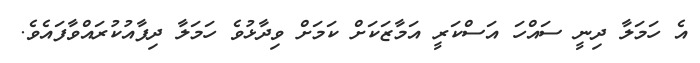
އެ ހަމަލާ ދިނީ ސައްހަ އަސްކަރީ އަމާޒަކަށް ކަމަށް ވިދާޅުވެ ހަމަލާ ދިފާއުކުރައްވާފައެވެ.